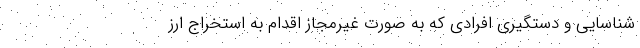
شناسایی و دستگیری افرادی که به صورت غیرمجاز اقدام به استخراج ارز